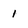
Character: 1